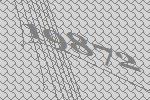
19872